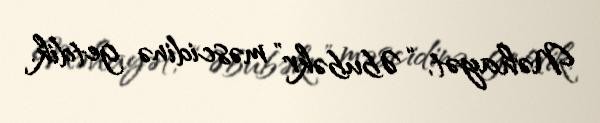
Nəhayət, “Əbubəkr” məscidinə getdik.